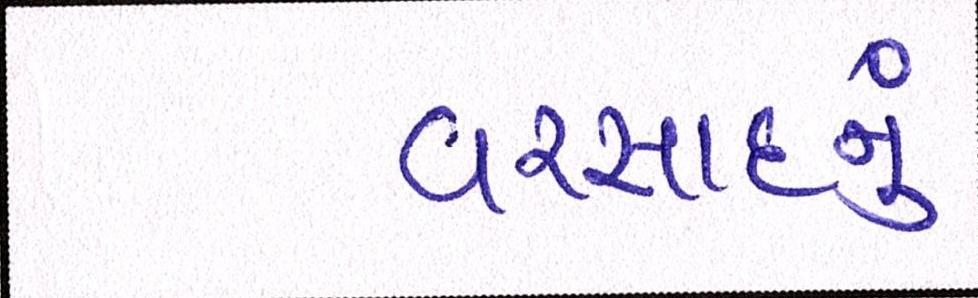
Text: વરસાદનું